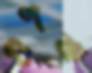
গুণক